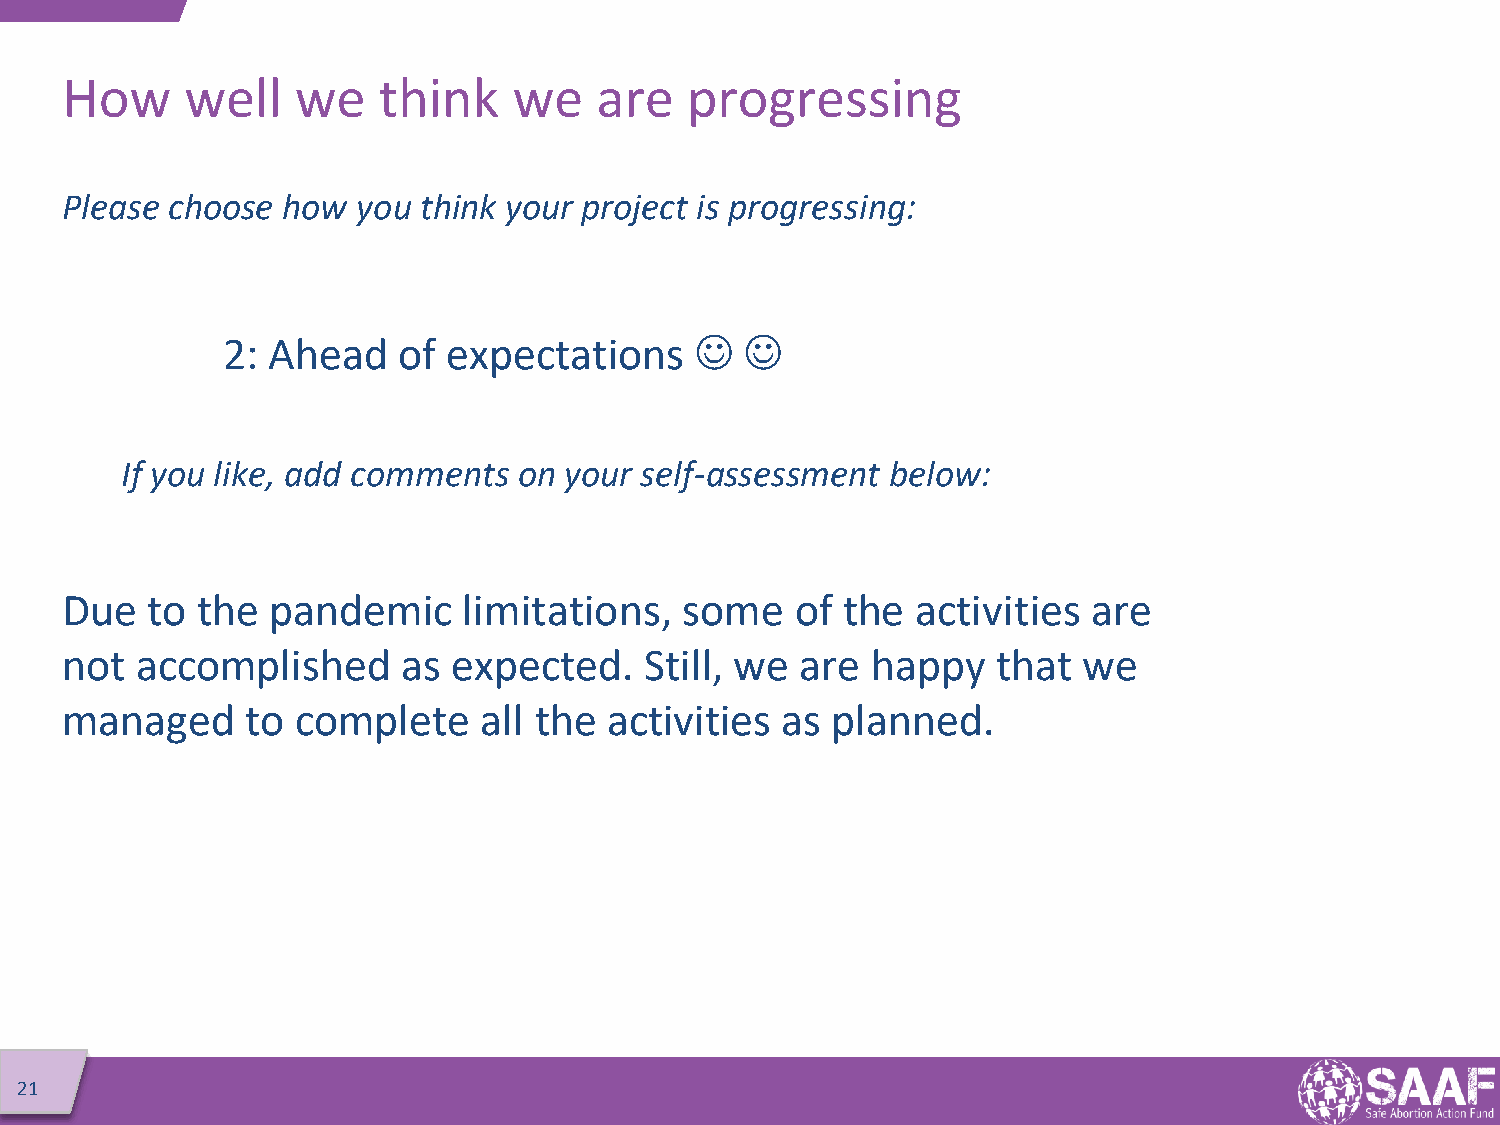
How     well    we   think    we   are   progressing
 Please choose  how  you think your project is progressing:
 2: Ahead   of  expectations      
 If you like, add comments on your self-assessment  below:
 Due   to the  pandemic     limitations,  some    of the  activities are
 not  accomplished      as expected.    Still, we are  happy   that  we
 managed     to  complete    all the activities  as planned.
 21